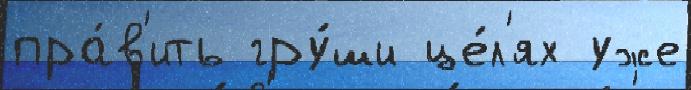
пра́в'ить гру́ши це́л'ях уже